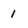
Character: 1